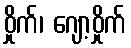
ဝှိုက်၊ ဂျော့ဝှိုက်